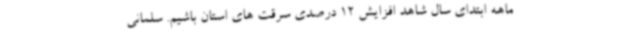
ماهه ابتدای سال شاهد افزایش 12 درصدی سرقت های استان باشیم. سلمانی